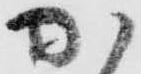
か